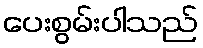
ပေးစွမ်းပါသည်